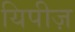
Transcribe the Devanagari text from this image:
यिपीज़